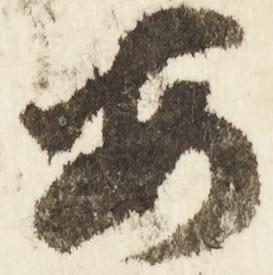
安